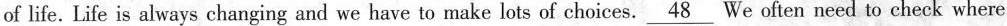
of life. Life is always changing and we have to make lots of choices. \underline{48} We often need to check where